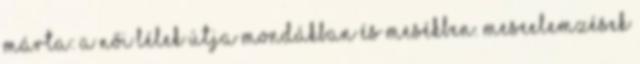
Márta: A női lélek útja mondákban és mesékben. Meseelemzések